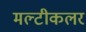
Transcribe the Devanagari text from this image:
मल्टीकलर